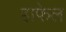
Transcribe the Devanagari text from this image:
हाफेल